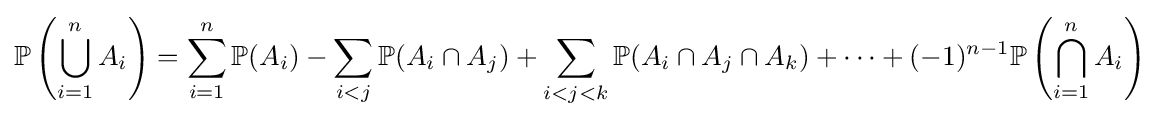
\mathbb {P} \left(\bigcup _{i=1}^{n}A_{i}\right)=\sum _{i=1}^{n}\mathbb {P} (A_{i})-\sum _{i<j}\mathbb {P} (A_{i}\cap A_{j})+\sum _{i<j<k}\mathbb {P} (A_{i}\cap A_{j}\cap A_{k})+\cdots +(-1)^{n-1}\mathbb {P} \left(\bigcap _{i=1}^{n}A_{i}\right)